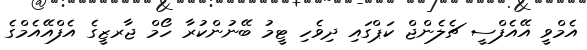
އެމްވީ އޭއެފްސީ ޗެލެންޖް ކަޕްގައި ދިވެހި ޓީމު ބޭނުންކުރާ ހޯމް ޖާރޒީގެ އެފްއޭއެމްގެ